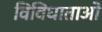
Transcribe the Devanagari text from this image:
विविधाताओं